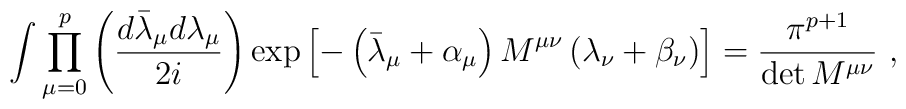
\int \prod_{\mu=0}^{p}\left(\frac{d\bar{\lambda}_{\mu} d\lambda_{\mu}}                                  {2i}   \right)     \exp \left[ -\left(\bar{\lambda}_{\mu}+\alpha_{\mu}\right)                   M^{\mu\nu}                   \left(\lambda_{\nu}+\beta_{\nu}\right)\right]      = \frac{\pi^{p+1}}{\det M^{\mu\nu}}~,